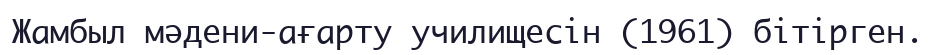
Жамбыл мәдени-ағарту училищесін (1961) бітірген.